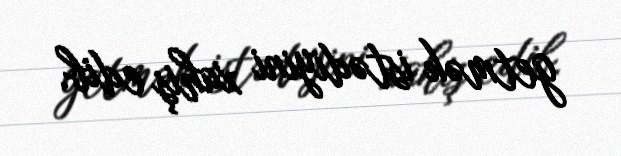
getmək istədiyini xahiş edib.